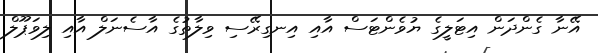
އޭނާ ގެންދަން އިޓަލީގެ ޔުވެންޓަސް އާއި އިނގިރޭސި ވިލާތުގެ އާސެނަލް އާއި ލިވަޕޫލް